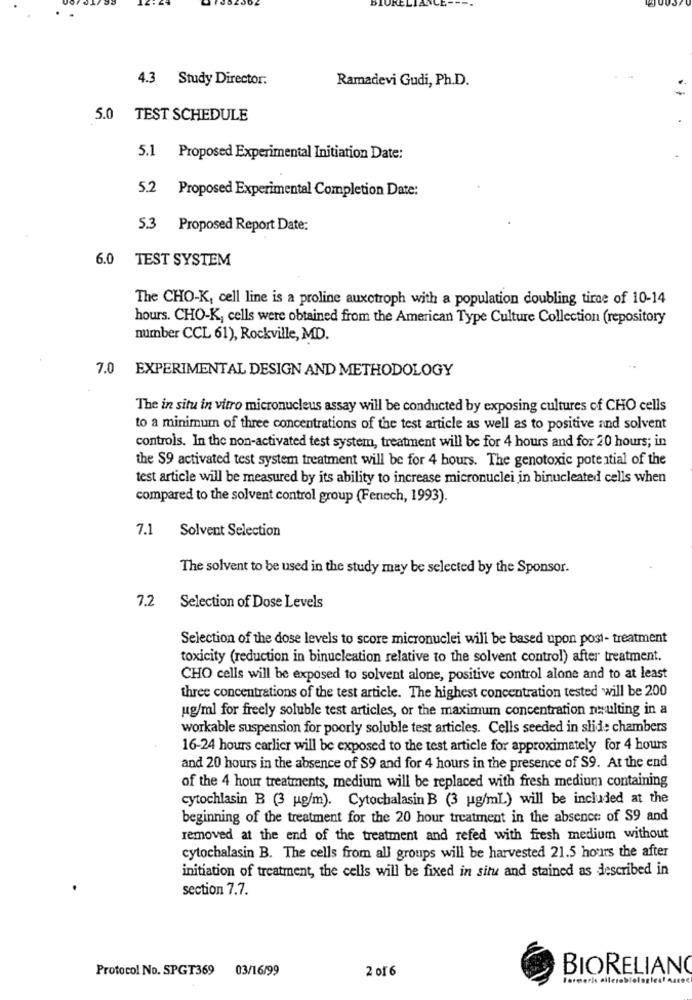
4.3 Study Director:
Ramadevi Gudi, Ph.D.
5.0 TEST SCHEDULE
5.1 Proposed Experimental Initiation Date:
5.2 Proposed Experimental Completion Date:
5.3 Proposed Report Date:
6.0 TEST SYSTEM
The CHO-K, cell line is a proline auxctroph with a population doubling tiroe of 10-14
hours. CHO-K, cells were obtained from the American Type Culture Collection (repository
number CCL 61), Rockville, MD.
7.0 EXPERIMENTAL DESIGN AND METHODOLOGY
The in situ in vitro micronucleus assay will be conducted by exposing cultures of CHO cells
to a minimum of three concentrations of the test article as well as to positive and solvent
controls. In the non-activated test system, treatment will be for 4 hours and for 20 hours; in
the $9 activated test system treatment will be for 4 hours. The genotoxic potential of the
test article will be measured by its ability to increase micronuclei in binucleated cells when
compared to the solvent control group (Fenech, 1993).
7.1 Solvent Selection
The solvent to be used in the study may be selected by the Sponsor.
7.2 Selection of Dose Levels
Selection of the dose levels to score micronuclei will be based upon post- treatment
toxicity (reduction in binucleation relative to the solvent control) after treatment.
CHO cells will be exposed to solvent alone, positive control alone and to at least
three concentrations of the test article. The highest concentration tested will be 200
ug/ml for freely soluble test articles, or the maximum concentration resulting in a
workable suspension for poorly soluble test articles. Cells seeded in slide chambers
16-24 hours carlier will be exposed to the test article for approximately for 4 hours
and 20 hours in the absence of $9 and for 4 hours in the presence of S9. At the end
of the 4 hour treatments, medium will be replaced with fresh medium containing
cytochlasin B (3 g/m). Cytochalasin B (3 ug/mL) will be included at the
beginning of the treatment for the 20 hour treatment in the absence of S9 and
removed at the end of the treatment and refed with fresh medium without
cytochalasin B. The cells from all groups will be harvested 21.5 hours the after
initiation of treatment, the cells will be fixed in situ and stained as described in
section 7.7.
Protocol No. SPGT369 03/16/99
2 of6
BIORELIANO